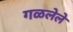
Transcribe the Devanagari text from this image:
गळलेले